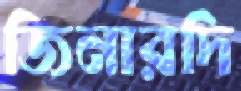
জিনারদি